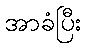
အာခံပြီး